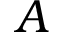
A